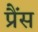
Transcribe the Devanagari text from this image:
प्रैंस